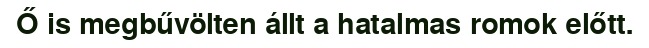
Ő is megbűvölten állt a hatalmas romok előtt.